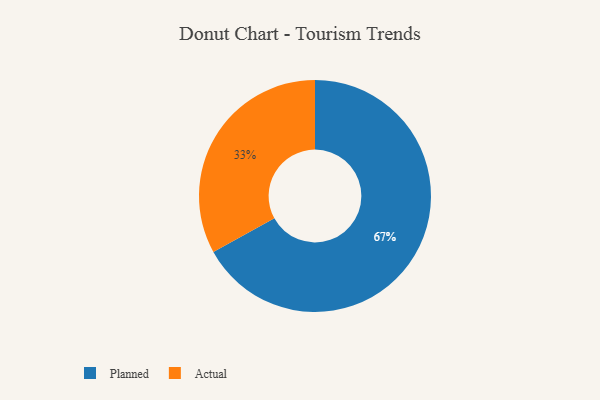
{"axis": {"x": "Category", "y": "Percentage"}, "legend": ["Actual", "Planned"], "data": [{"x": "Actual", "y": 33, "type": "Actual"}, {"x": "Planned", "y": 67, "type": "Planned"}]}